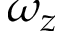
\omega _ { z }